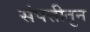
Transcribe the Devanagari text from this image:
संपत्तीतुन